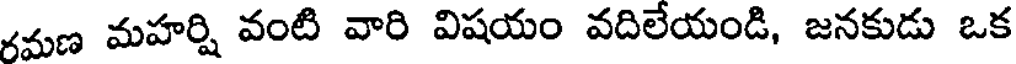
రమణ మహర్షి వంటి వారి విషయం వదిలేయండి, జనకుడు ఒక